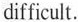
difficult.